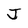
Character: J